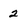
Character: 2